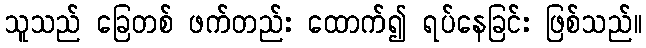
သူသည် ခြေတစ် ဖက်တည်း ထောက်၍ ရပ်နေခြင်း ဖြစ်သည်။